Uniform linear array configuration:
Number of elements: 32
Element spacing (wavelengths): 0.25
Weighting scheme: exponential
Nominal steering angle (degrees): -30
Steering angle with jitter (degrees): -31.648
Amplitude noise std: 0.05
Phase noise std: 0.05

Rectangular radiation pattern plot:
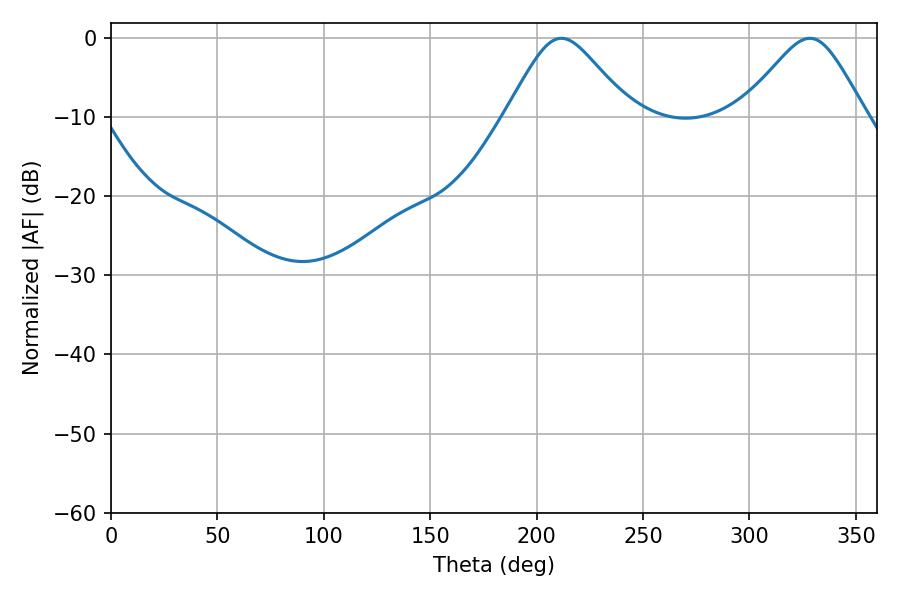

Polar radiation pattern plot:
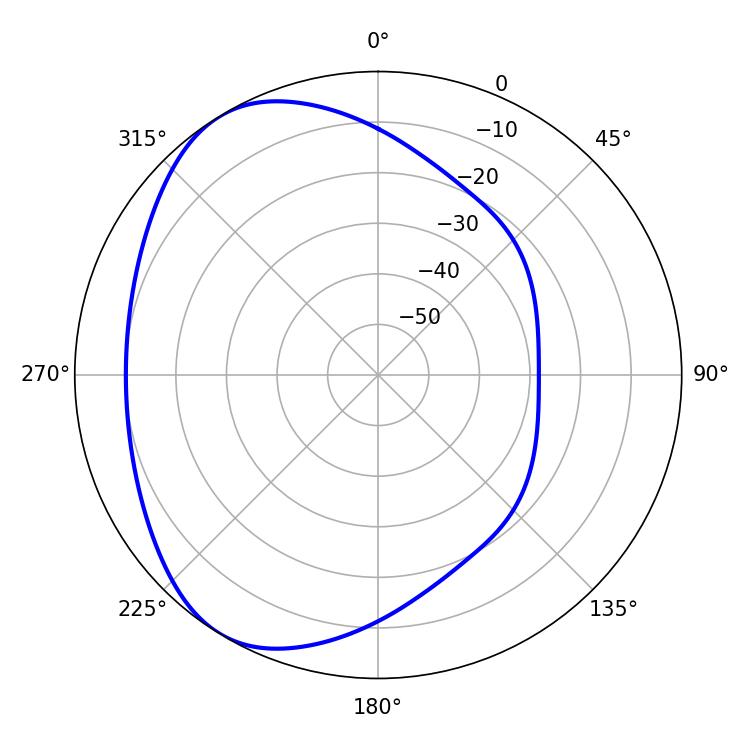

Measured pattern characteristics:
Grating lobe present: FALSE
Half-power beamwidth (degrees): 28.26
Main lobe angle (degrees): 211.68